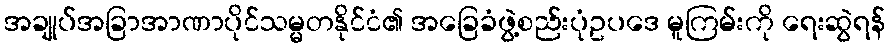
အချုပ်အခြာအာဏာပိုင်သမ္မတနိုင်ငံ၏ အခြေခံဖွဲ့စည်းပုံဥပဒေ မူကြမ်းကို ရေးဆွဲရန်